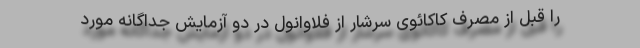
را قبل از مصرف کاکائوی سرشار از فلاوانول در دو آزمایش جداگانه مورد